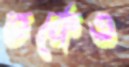
তর্কেও